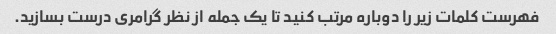
فهرست کلمات زیر را دوباره مرتب کنید تا یک جمله از نظر گرامری درست بسازید.